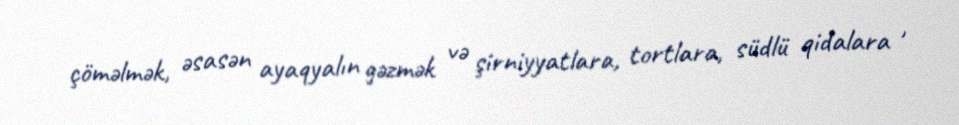
çöməlmək, əsasən ayaqyalın gəzmək və şirniyyatlara, tortlara, südlü qidalara ,